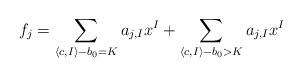
LaTeX: \begin{align*} f_j = \sum_{\langle c,I\rangle-b_0 = K} a_{j,I} x^I + \sum_{\langle c,I\rangle-b_0 > K} a_{j,I} x^I \end{align*}